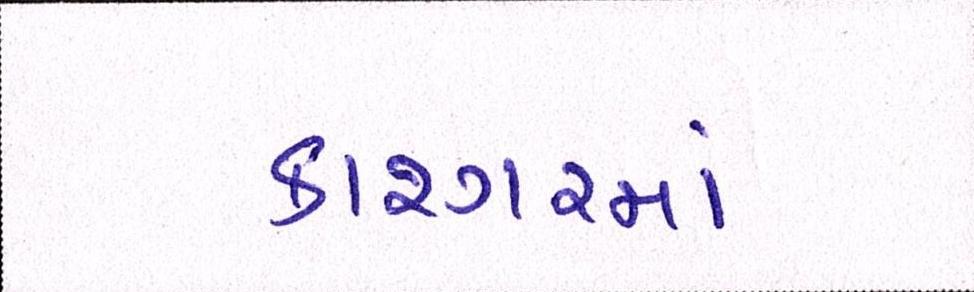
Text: કાશ્ગરમાં